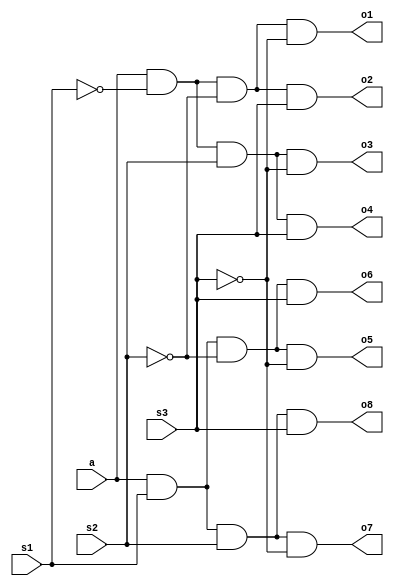
`timescale 1ns / 1ps
//////////////////////////////////////////////////////////////////////////////////
// Company: 
// Engineer: 
// 
// Design Name: 
// Module Name:    S1x8demux 
// Project Name: 
// Target Devices: 
// Tool versions: 
// Description: 
//
// Dependencies: 
//
// Revision: 
// Revision 0.01 - File Created
// Additional Comments: 
//
//////////////////////////////////////////////////////////////////////////////////
module S1x8demux(o1,o2,o3,o4,o5,o6,o7,o8,a,s1,s2,s3
    );
input a,s1,s2,s3;
output o1,o2,o3,o4,o5,o6,o7,o8;
wire o1,o2,o3,o4,o5,o6,o7,o8;
and(o1,a,~s1,~s2,~s3);
and(o2,a,~s1,~s2,s3);
and(o3,a,~s1,s2,~s3);
and(o4,a,~s1,s2,s3);
and(o5,a,s1,~s2,~s3);
and(o6,a,s1,~s2,s3);
and(o7,a,s1,s2,~s3);
and(o8,a,s1,s2,s3);
endmodule